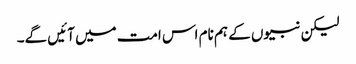
لیکن نبیوں کے ہم نام اس امت میں آئیں گے۔